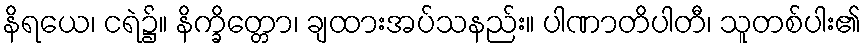
နိရယေ၊ ငရဲ၌။ နိက္ခိတ္တော၊ ချထားအပ်သနည်း။ ပါဏာတိပါတီ၊ သူတစ်ပါး၏